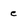
Character: e